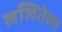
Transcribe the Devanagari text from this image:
ललितेला